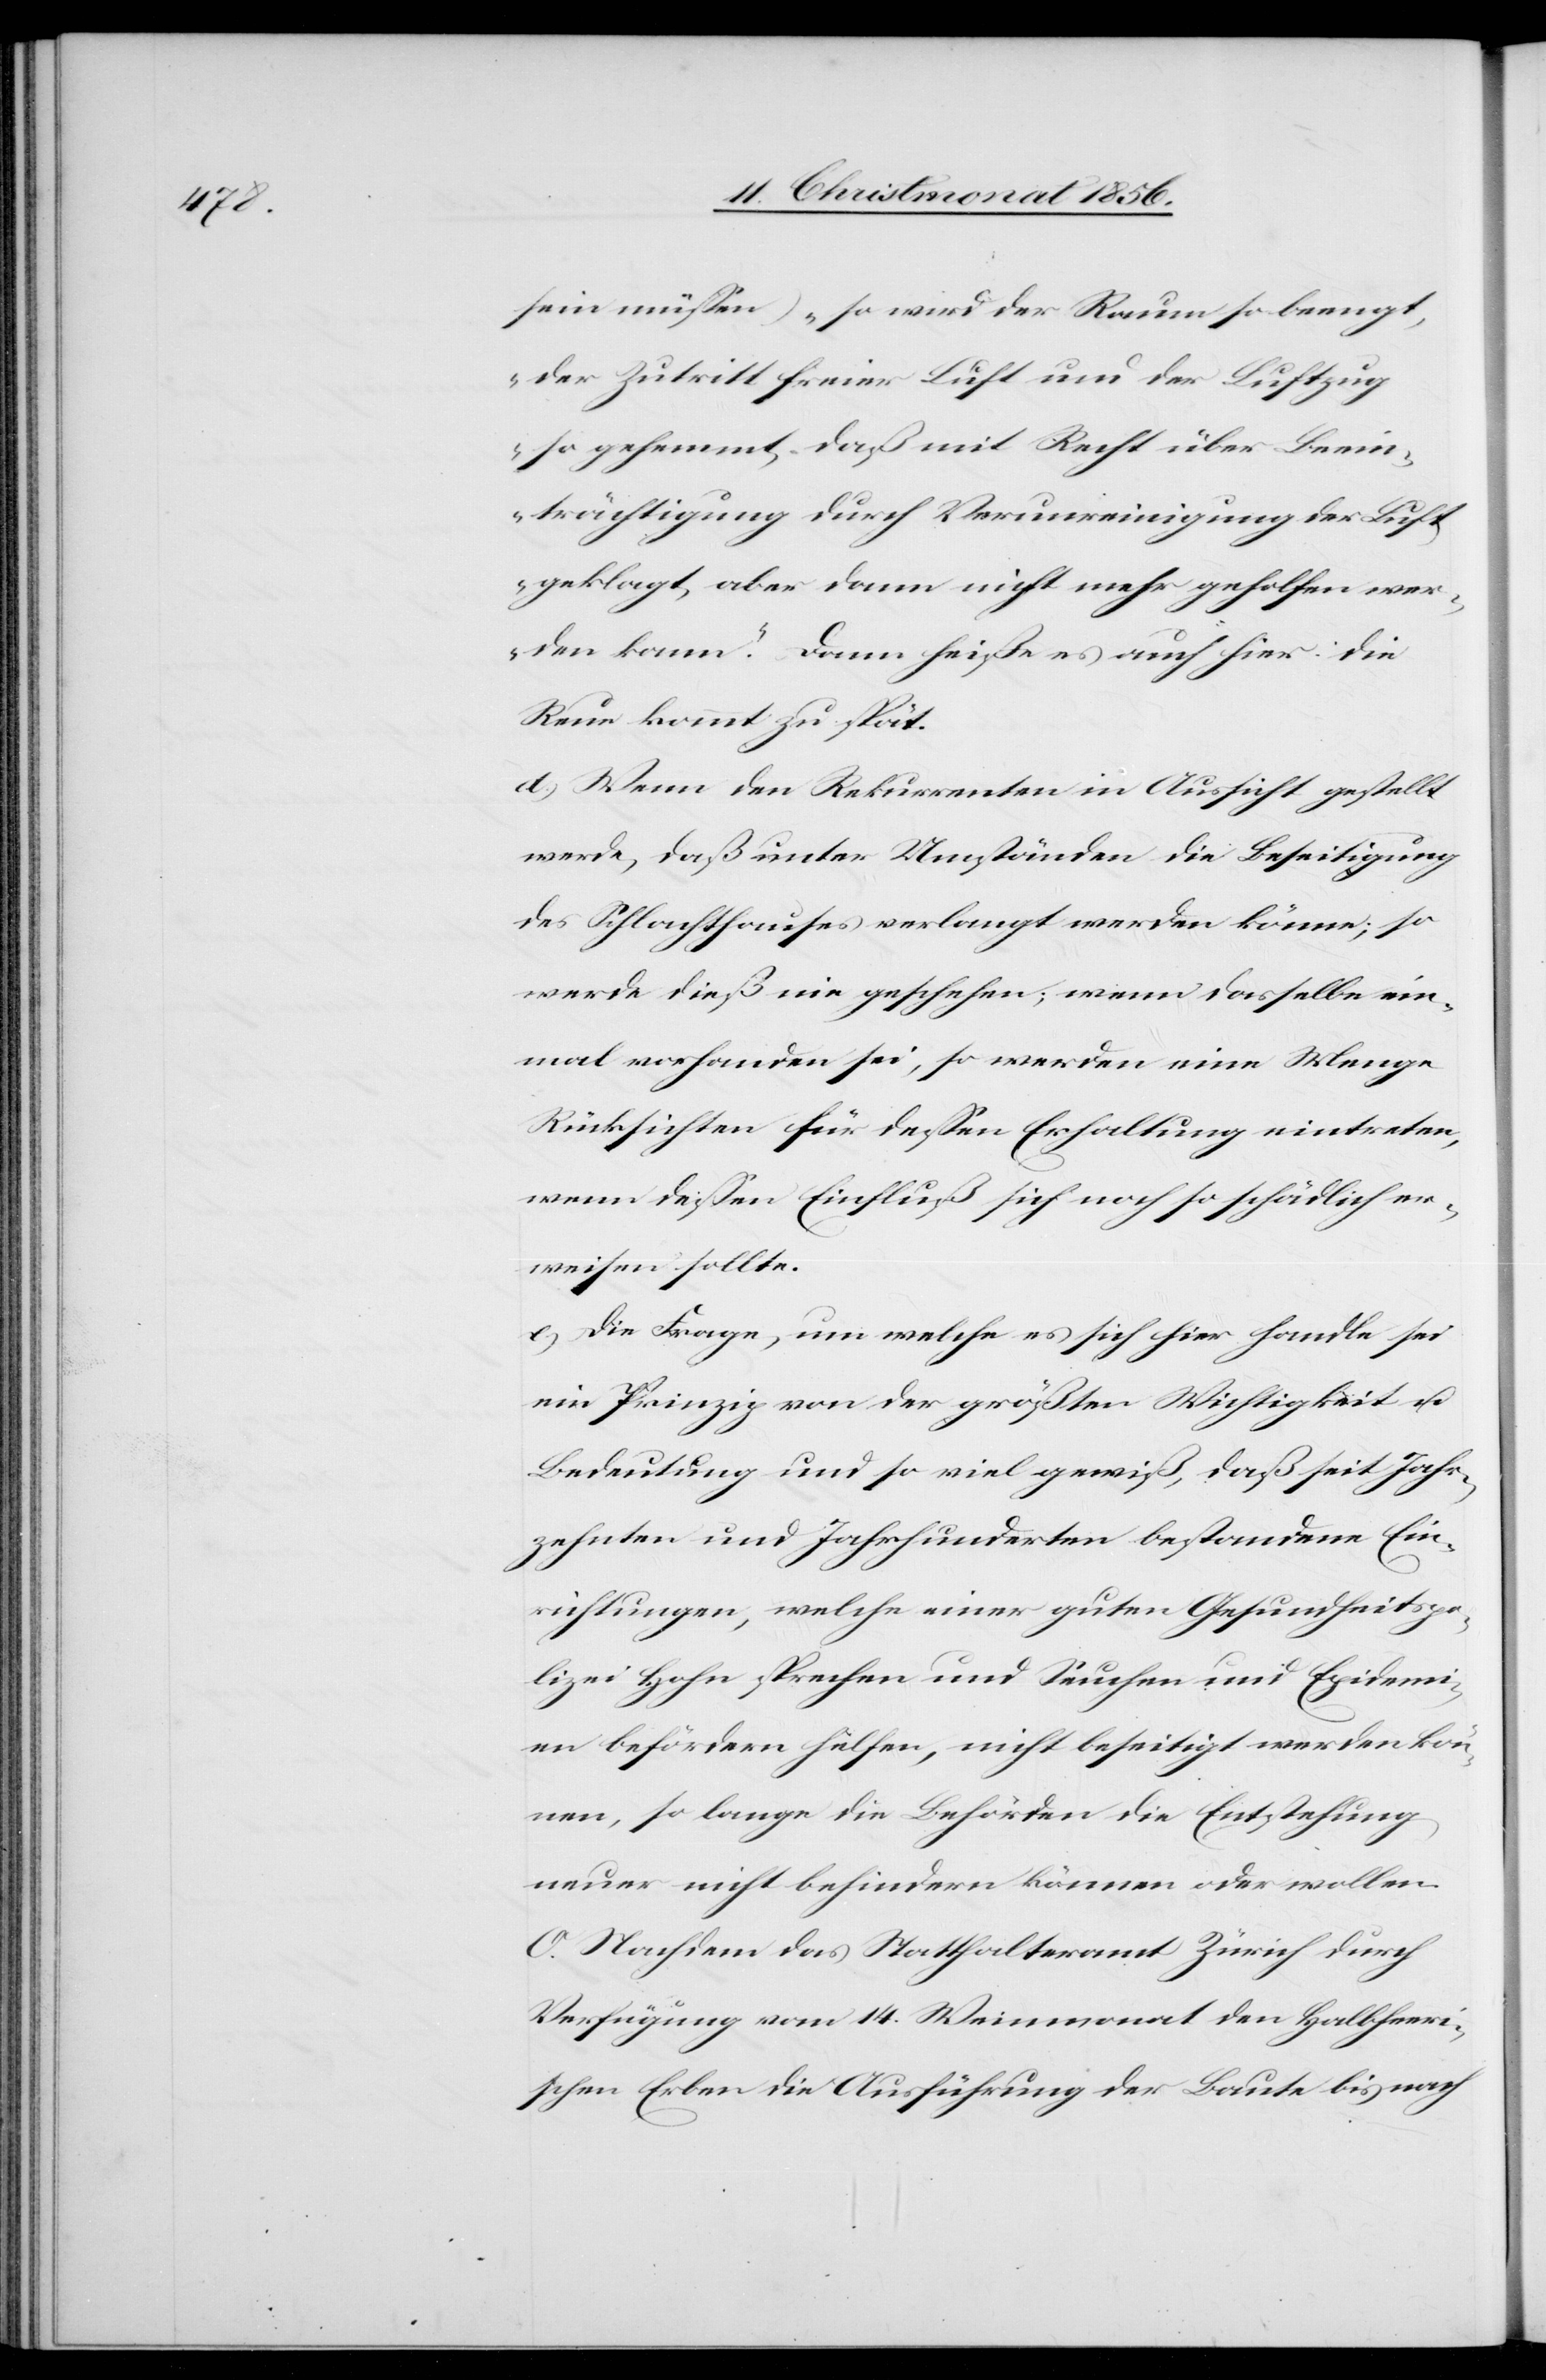
sein müssen) „so wird der Raum so beengt,
der Zutritt freier Luft und der Luftzug
so gehemmt, daß mit Recht über Beein¬
trächtigung durch Verunreinigung der Luft
geklagt, aber dann nicht mehr geholfen wer¬
den kann.“ Dann heiße es auch hier: die
Reue kommt zu spät.
d) Wenn den Rekurrenten in Aussicht gestellt
werde, daß unter Umständen die Beseitigung
des Schlachthauses verlangt werden könne; so
werde dieß nie geschehen; wenn dasselbe ein¬
mal vorhanden sei, so werden eine Menge
Rücksichten für dessen Erhaltung eintreten,
wenn dessen Einfluß sich noch so schädlich er¬
weisen sollte.
e) Die Frage, um welche es sich hier handle sei
ein Prinzip von der größten Wichtigkeit u.
Bedeutung und so viel gewiß, daß seit Jahr¬
zehnten und Jahrhunderten bestandene Ein¬
richtungen, welche einer guten Gesundheitspo¬
lizei Hohn sprechen und Seuchen und Epidemi¬
en befördern helfen, nicht beseitigt werden kön¬
nen, so lange die Behörden die Entstehung
neuer nicht behindern können oder wollen.
O. Nachdem das Statthalteramt Zürich durch
Verfügung vom 14. Weinmonat den Halbheeri¬
schen Erben die Ausführung der Baute bis nach